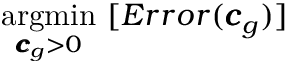
\underset { { \pmb { c } } _ { g } > 0 } { \mathrm { a r g m i n } } \ [ E r r o r ( { \pmb { c } } _ { g } ) ]